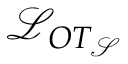
\mathcal { L } _ { O T _ { \mathcal { S } } }